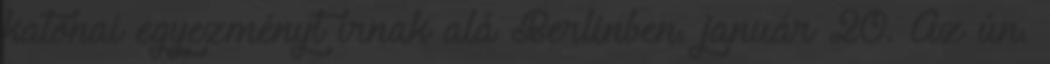
katonai egyezményt írnak alá Berlinben. január 20. Az ún.